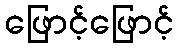
ဖြောင့်ဖြောင့်